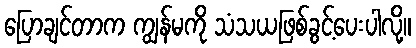
ပြောချင်တာက ကျွန်မကို သံသယဖြစ်ခွင့်ပေးပါလို့။